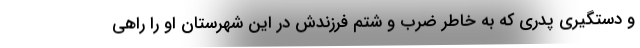
و دستگیری پدری که به خاطر ضرب و شتم فرزندش در این شهرستان او را راهی